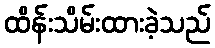
ထိန်းသိမ်းထားခဲ့သည်